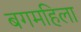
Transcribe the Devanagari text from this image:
बगमहिला